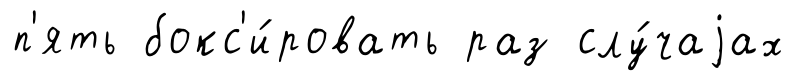
п'ять бокс'и́ровать раз слу́чаjах